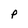
Character: P